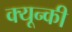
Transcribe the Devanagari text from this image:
क्यून्की